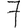
Digit: 7